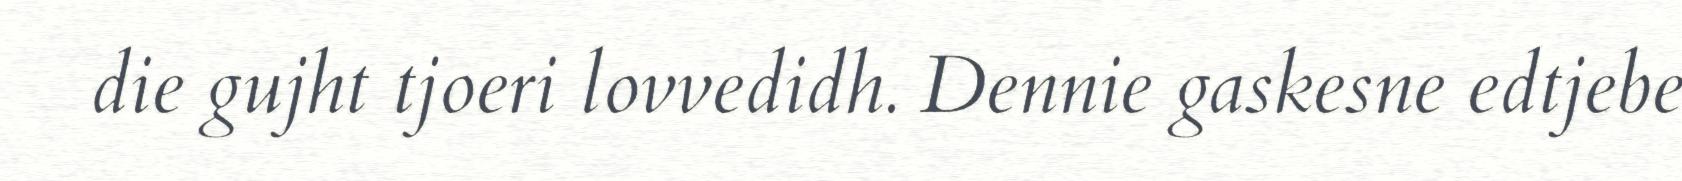
die gujht tjoeri lovvedidh. Dennie gaskesne edtjebe